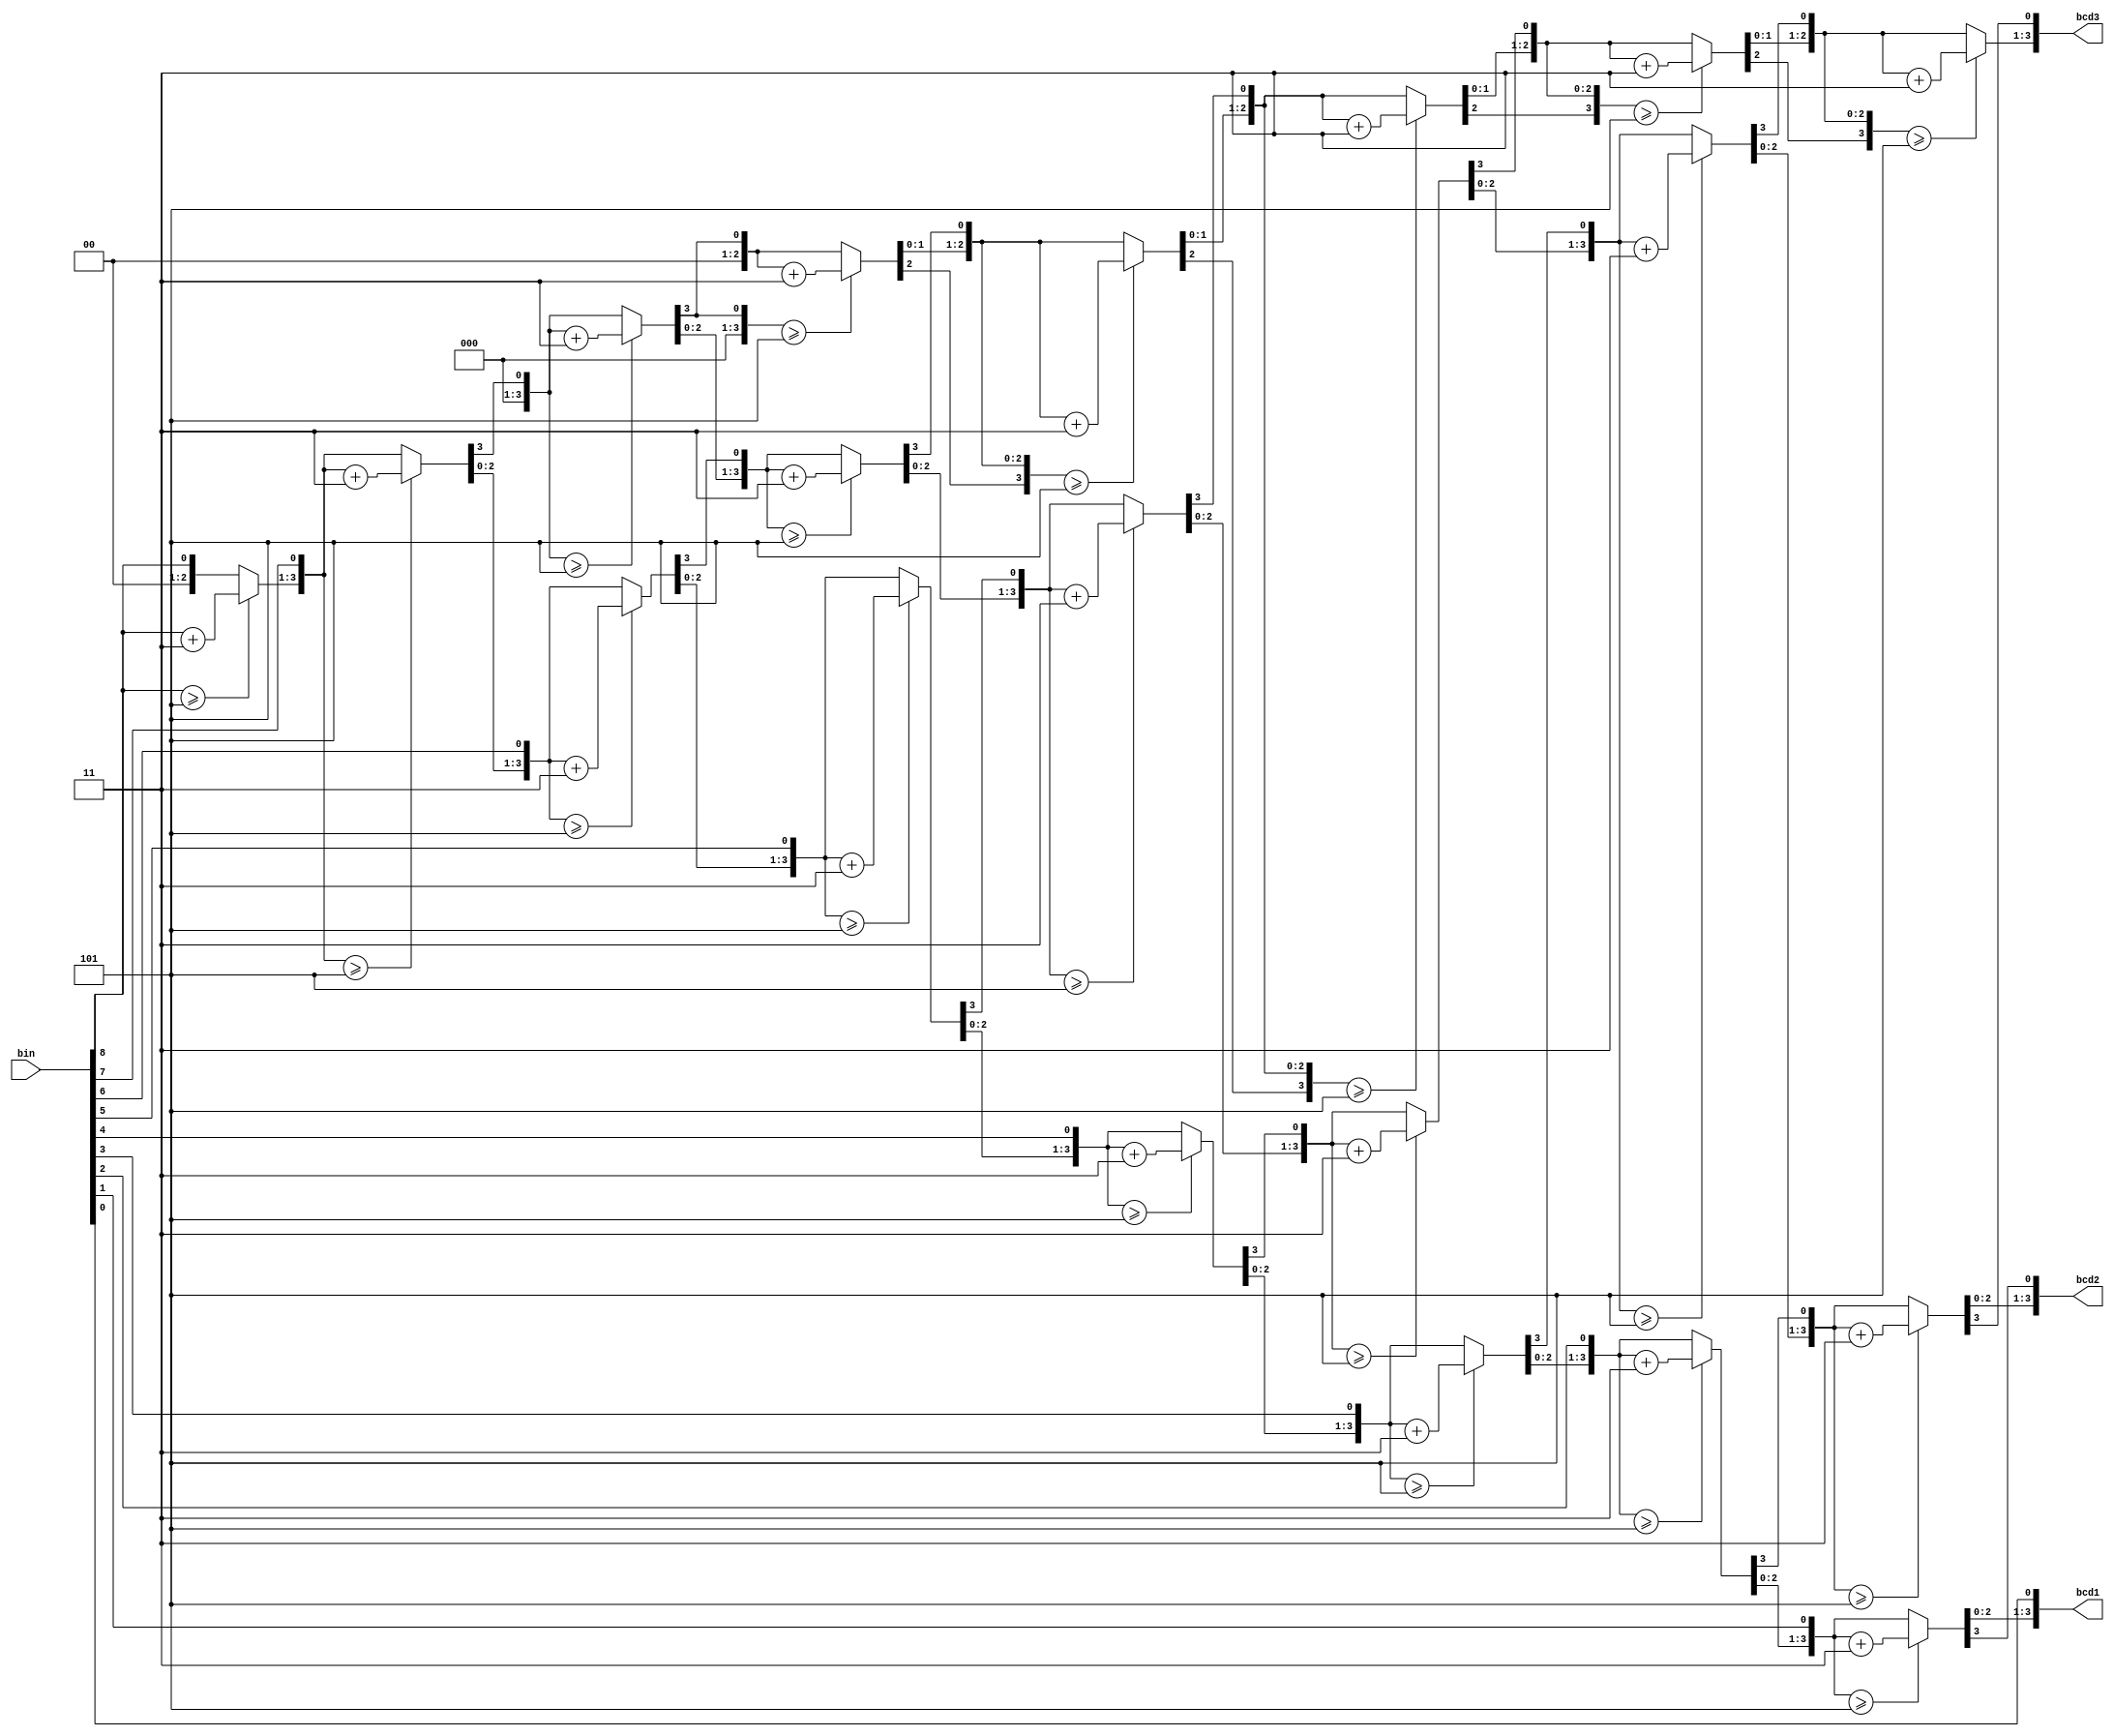
module ConversorBCD(bin, bcd1, bcd2, bcd3);
	input 	  [8:0] bin;
	output reg [3:0] bcd1, bcd2, bcd3;
	integer idx;

	always @ (*) begin
		bcd1 = 4'd0;
		bcd2 = 4'd0;
		bcd3 = 4'd0;
	
		for(idx = 8; idx >= 0; idx = idx - 1) begin
			if(bcd3 >= 5)
				bcd3 = bcd3 + 4'b0011;
			if(bcd2 >= 5)
				bcd2 = bcd2 + 4'b0011;
			if(bcd1 >= 5)
				bcd1 = bcd1 + 4'b0011;
			
			bcd3 = bcd3 << 1;
			bcd3[0] = bcd2[3];
			bcd2 = bcd2 << 1;
			bcd2[0] = bcd1[3];
			bcd1 = bcd1 << 1 ;
			bcd1[0] = bin[idx];
		end
	end
endmodule